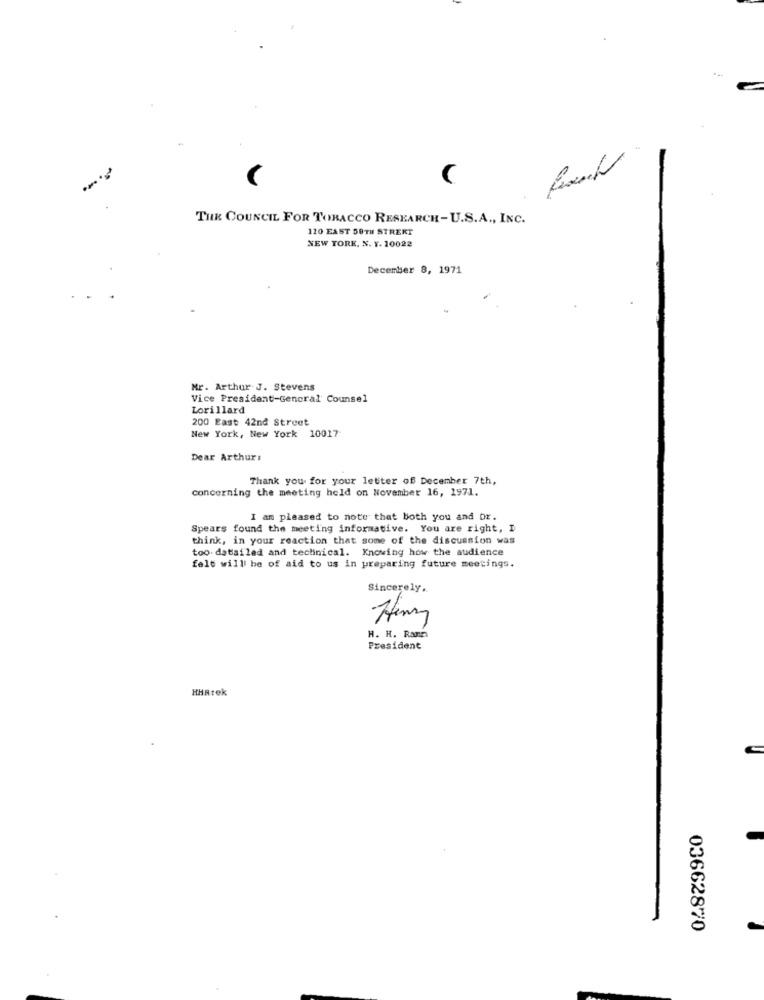
THE COUNCIL FOR TOBACCO RESEARCH-U.S.A ., INC.
120 EAST 58TH STREKT
NEW YORK, N. Y. 10022
December 8, 1971
Mr. Arthur J. Stevens
Vice President-General Counsel
Lorillard
200 East 42nd Street
New York, New York 10017
Dear Arthurs
Thank you for your letter of December 7th,
concerning the meeting held on November 16, 1971.
I am pleased to note that both you and Dr.
Spears found the meeting informative. You are right, I
think, in your reaction that some of the discussion was
too. datailed and technical. Knowing how the audience
felt will be of aid to us in preparing future meetings.
Sincerely ..
Henry
H. H. Ram
President
HARtek
03662870